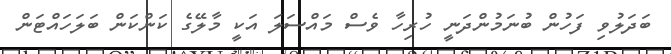
ބަދަލުވި ފަހުން ބުނަމުންދަނީ ހުރިހާ ވެސް މައްސަލަ އަކީ މާލޭގެ ކަންކަން ބަލަހައްޓަން